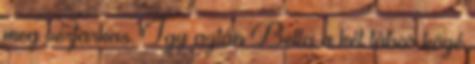
meg vérfarkas. Így aztán Bella a két tábor közé